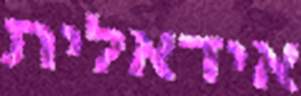
אידאלית